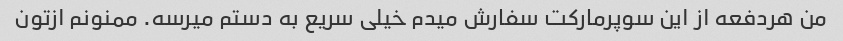
من هردفعه از این سوپرمارکت سفارش میدم خیلی سریع به دستم میرسه. ممنونم ازتون